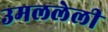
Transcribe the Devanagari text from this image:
उमललेली